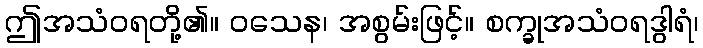
ဤအသံဝရတို့၏။ ဝသေန၊ အစွမ်းဖြင့်။ စက္ခုအသံဝရဒွါရံ၊